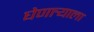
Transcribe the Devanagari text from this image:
घेणार्‍याला